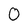
Character: 0